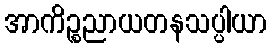
အာကိဉ္စညာယတနသပ္ပါယာ